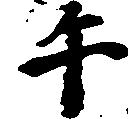
午